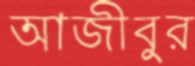
আজীবুর